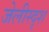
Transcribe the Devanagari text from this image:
जेलीस्दृश